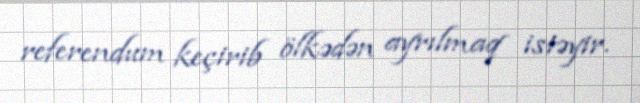
referendum keçirib ölkədən ayrılmaq istəyir.